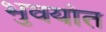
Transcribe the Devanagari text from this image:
भुवयांत